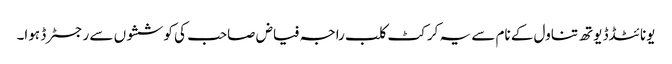
یونائٹڈڈ یوتھ تناول کے نام سے یہ کرکٹ کلب راجہ فیاض صاحب کی کوششوں سے رجسٹرڈ ہوا۔